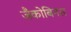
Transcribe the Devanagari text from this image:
जैकोबिनस